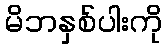
မိဘနှစ်ပါးကို